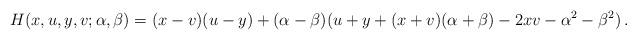
LaTeX: \begin{align*}H(x,u,y,v;\alpha,\beta)=(x-v)(u-y)+(\alpha-\beta)(u+y+(x+v)(\alpha+\beta)-2xv-\alpha^2-\beta^2)\,.\end{align*}